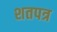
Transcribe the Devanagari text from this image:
शतपत्र